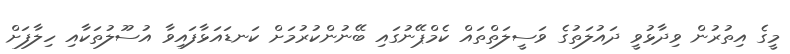
މީގެ އިތުރުން ވިދާޅުވީ ދައުލަތުގެ ވަސީލަތްތައް ކެމްޕޭނުގައި ބޭނުންކުރުމަށް ކަނޑައަޅާފައިވާ އުސޫލުތަކާއި ހިލާފަށް